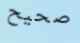
صحيح